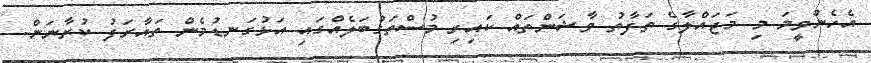
އެހެންވީމަ މި މަޖައްލާގެ ތަފާތު ވާޝަންތައް ކައިރި މުސްތަގުބަލެއްގައި އަޅުގަނޑުމެން ތައާރަފު ކުރާނަން.